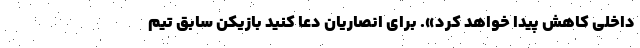
داخلی کاهش پیدا خواهد کرد». برای انصاریان دعا کنید بازیکن سابق تیم